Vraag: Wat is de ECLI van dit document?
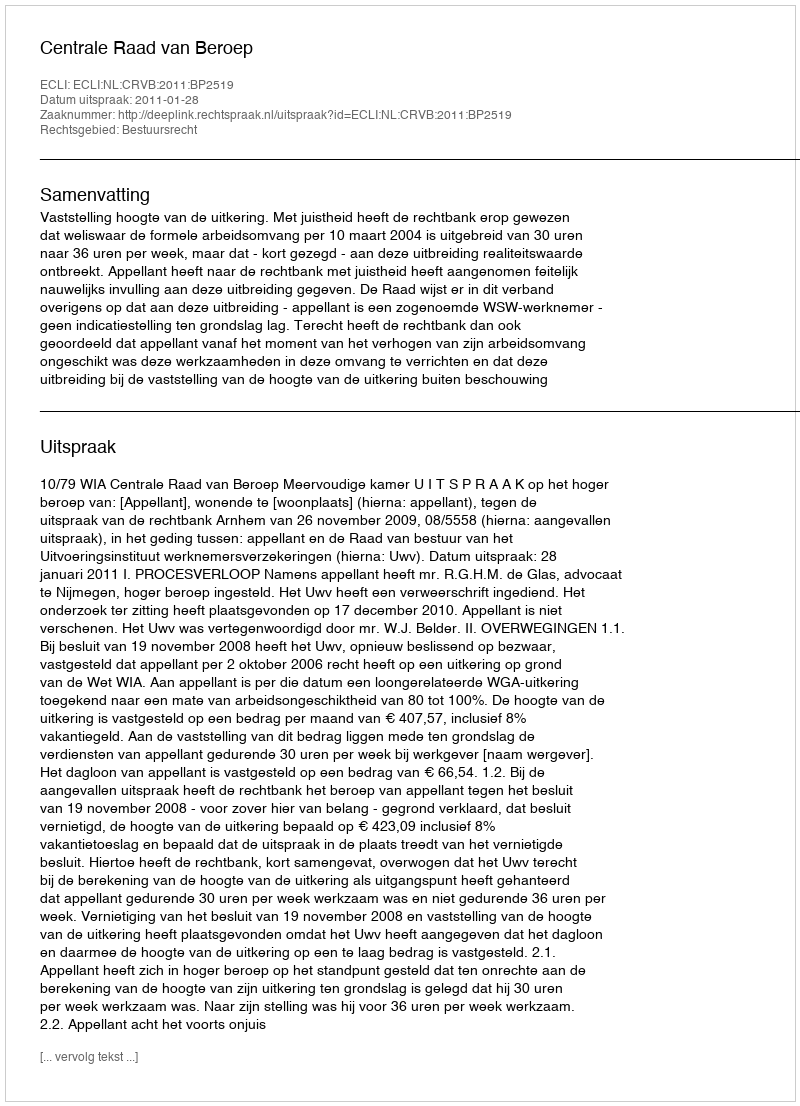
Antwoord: ECLI:NL:CRVB:2011:BP2519